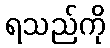
ရသည်ကို